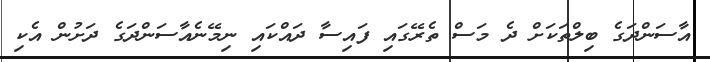
އާސަންދަގެ ބިލްތަކަށް ދެ މަސް ތެރޭގައި ފައިސާ ދައްކައި ނިމޭނެއާސަންދަގެ ދަށުން އެކި